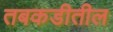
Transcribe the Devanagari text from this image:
तबकडीतील